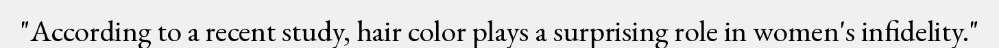
"According to a recent study, hair color plays a surprising role in women's infidelity."